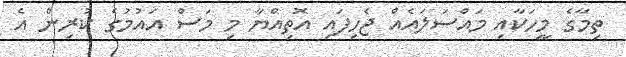
ތިމާގެ މީހަކާއި މައްސަލައެއް ޖެހިފައި އޮތިއްޔާ މި މަސް އައުމުގެ ކުރިން އެ